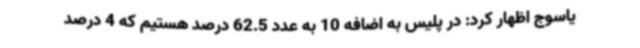
یاسوج اظهار کرد: در پلیس به اضافه 10 به عدد 62.5 درصد هستیم که 4 درصد